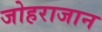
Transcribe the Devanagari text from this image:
जोहराजान